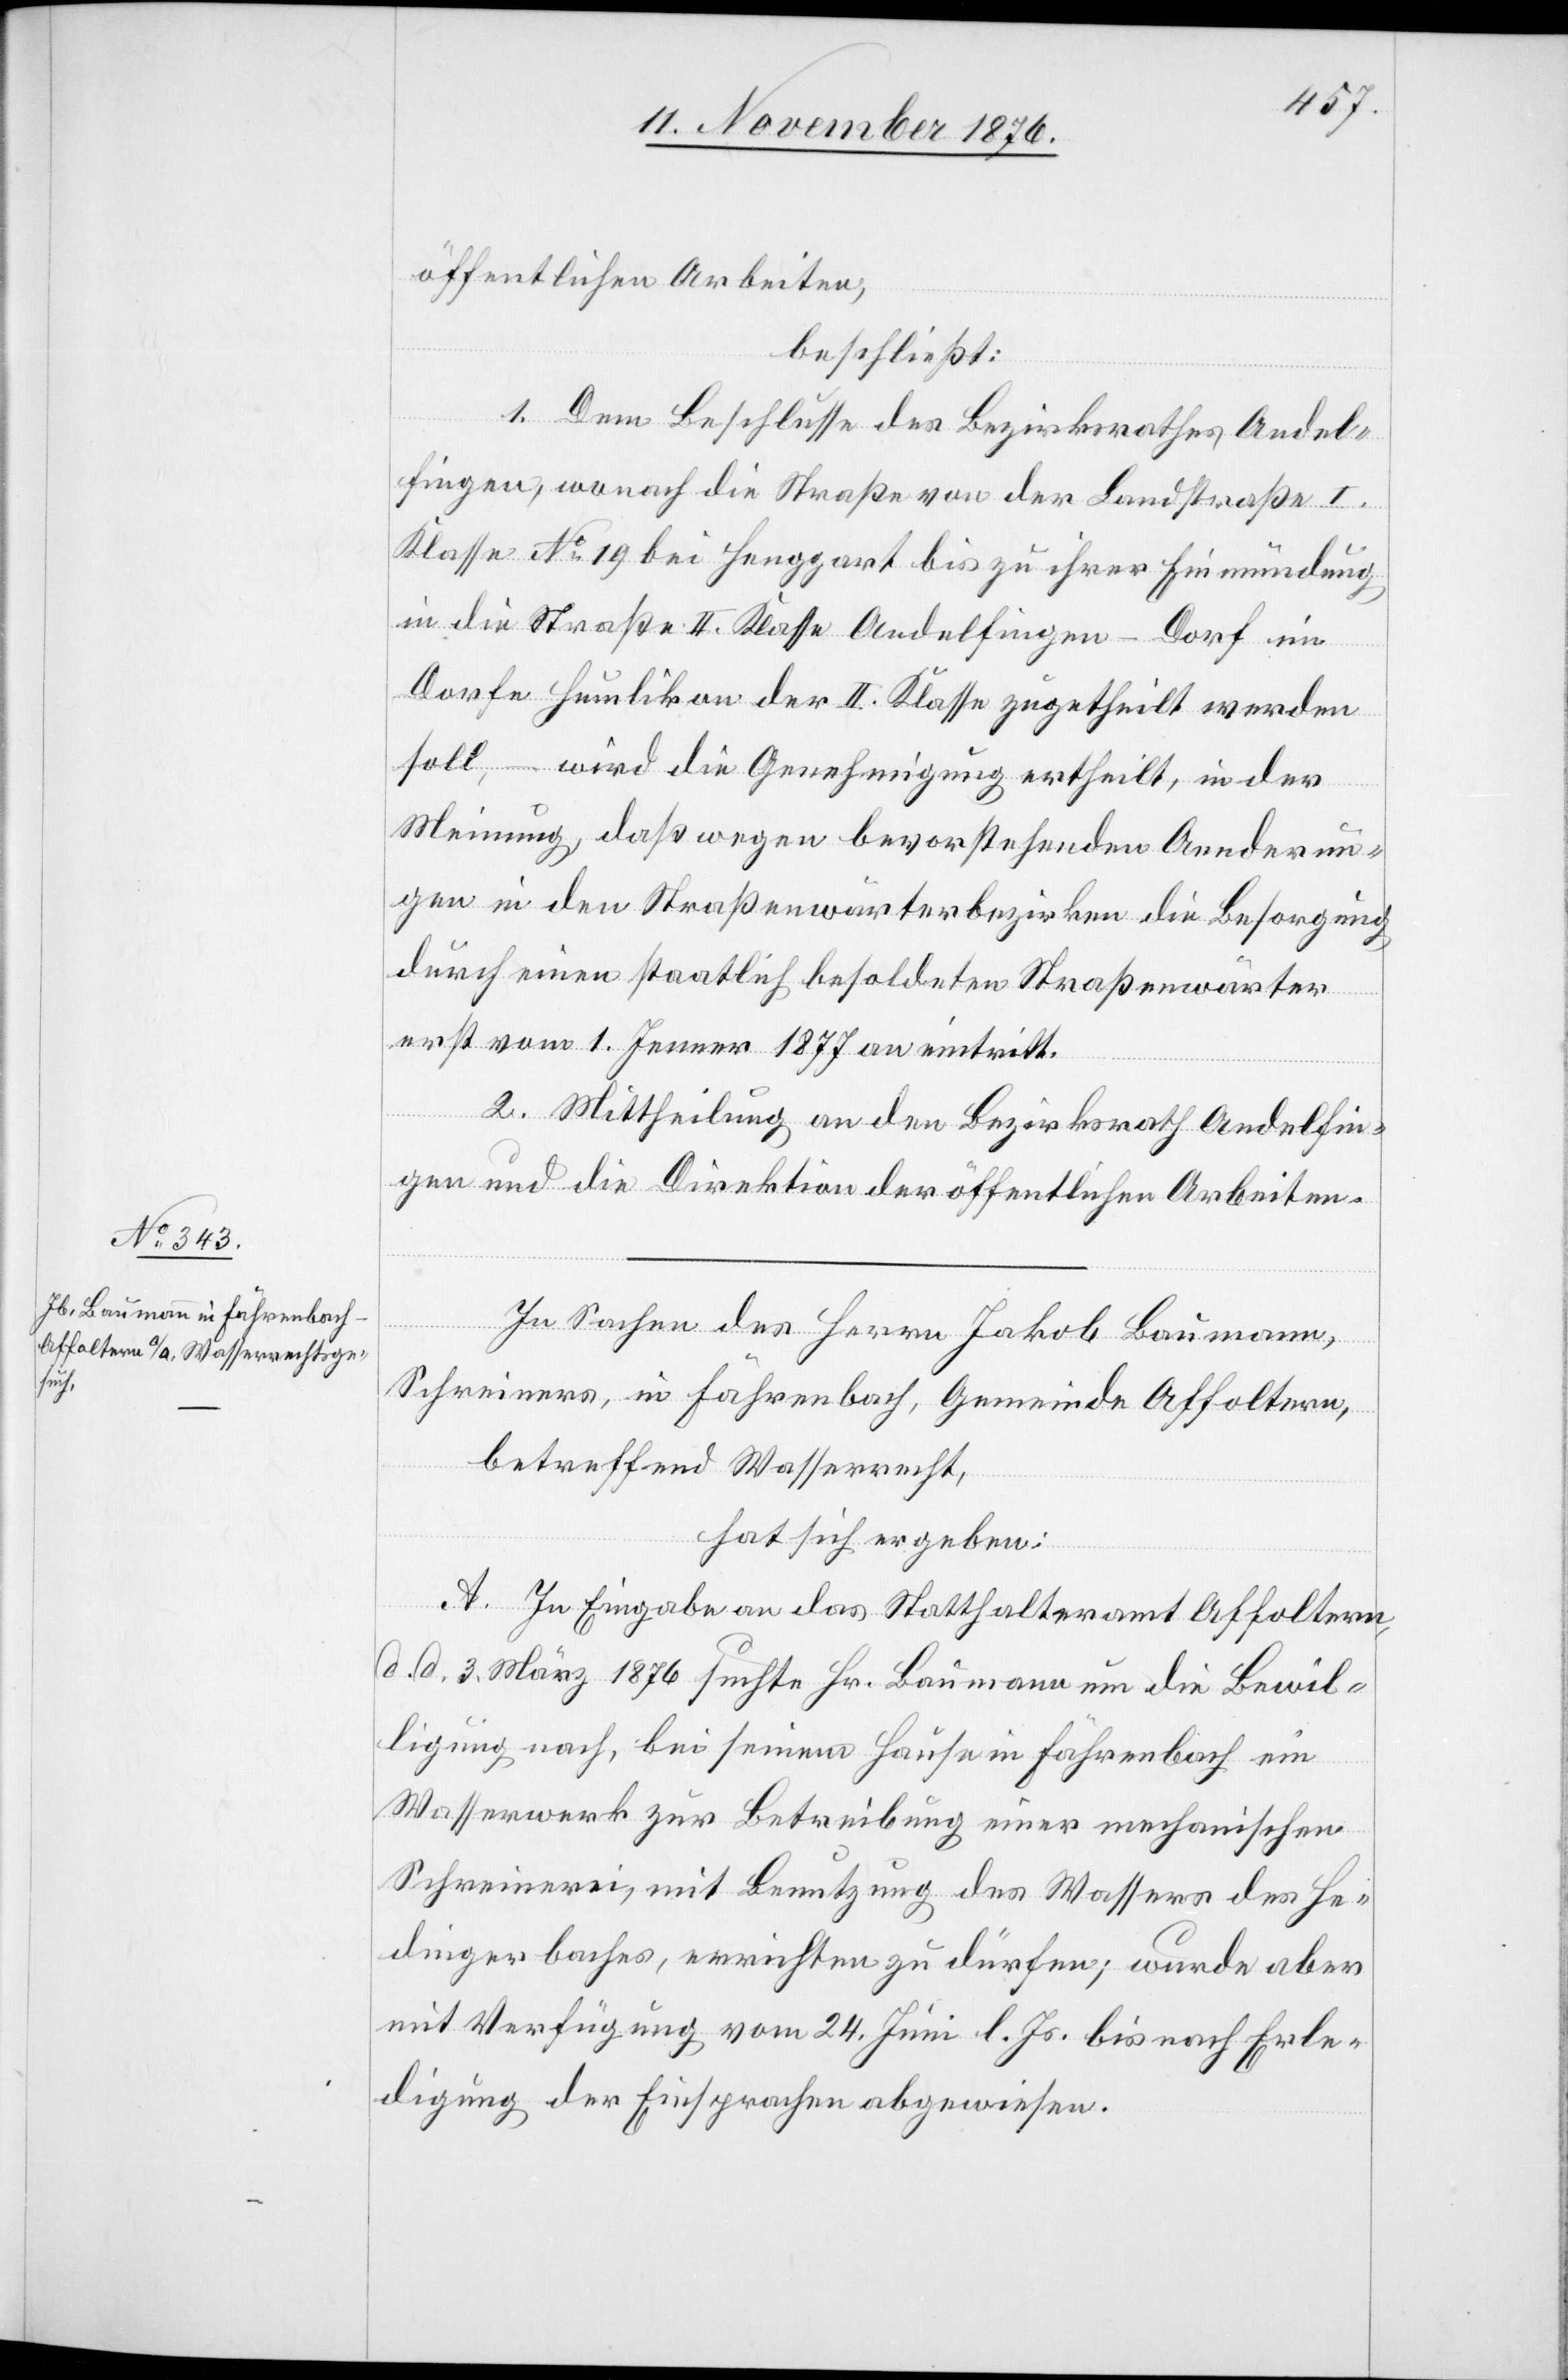
öffentlichen Arbeiten,
beschließt:
1. Dem Beschlusse des Bezirksrathes Andel¬
fingen, wonach die Straße von der Landstraße I.
Klasse No 19 bei Henggart bis zu ihrer Einmündung
in die Straße II. Klasse Andelfingen–Dorf im
Dorfe Humlikon der II. Klasse zugetheilt werden
soll, – wird die Genehmigung ertheilt, in der
Meinung, daß wegen bevorstehenden Aenderun¬
gen in den Straßenwärterbezirken die Besorgung
durch einen staatlich besoldeten Straßenwärter
erst vom 1. Jenner 1877 an eintritt.
2. Mittheilung an den Bezirksrath Andelfin¬
gen und die Direktion der öffentlichen Arbeiten.
In Sachen des Herrn Jakob Baumann,
Schreiners, in Fährenbach, Gemeinde Affoltern,
betreffend Wasserrecht,
hat sich ergeben:
A. In Eingabe an das Statthalteramt Affoltern
d. d. 3. März 1876 suchte Hr. Baumann um die Bewil¬
ligung nach, bei seinem Hause in Fährenbach ein
Wasserwerk zur Betreibung einer mechanischen
Schreinerei, mit Benutzung des Wassers des He¬
dingerbaches, errichten zu dürfen; wurde aber
mit Verfügung vom 24. Juni l. Js. bis nach Erle¬
digung der Einsprachen abgewiesen.